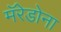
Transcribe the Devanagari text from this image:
मॅरेडोना